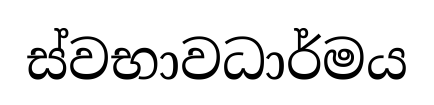
ස්වභාවධාර්මය